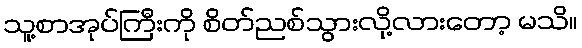
သူ့စာအုပ်ကြီးကို စိတ်ညစ်သွားလို့လားတော့ မသိ။